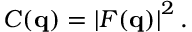
C ( \mathbf { q } ) = \left| F ( \mathbf { q } ) \right| ^ { 2 } .